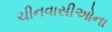
ચીનવાસીઓના